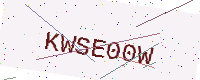
Text: KWSE00W